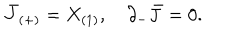
\bar { J } _ { ( + ) } = X _ { ( 1 ) } , \quad \partial _ { - } \bar { J } = 0 .